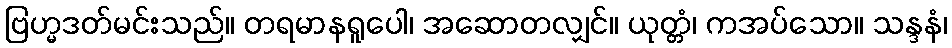
ဗြဟ္မဒတ်မင်းသည်။ တရမာနရူပေါ၊ အဆောတလျှင်။ ယုတ္တံ၊ ကအပ်သော။ သန္ဒနံ၊